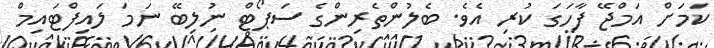
ކަމަށް އަމްޖޭ ފާހަގަ ކުރި އެވެ. ބެލުންތެރިންގެ ސަޕޯޓް ނުލިބޭ ނަމަ ލައިފްޓައިމް